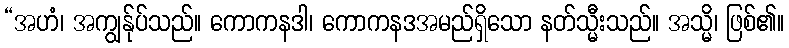
“အဟံ၊ အကျွန်ုပ်သည်။ ကောကနဒါ၊ ကောကနဒအမည်ရှိသော နတ်သ္မီးသည်။ အသ္မိ၊ ဖြစ်၏။